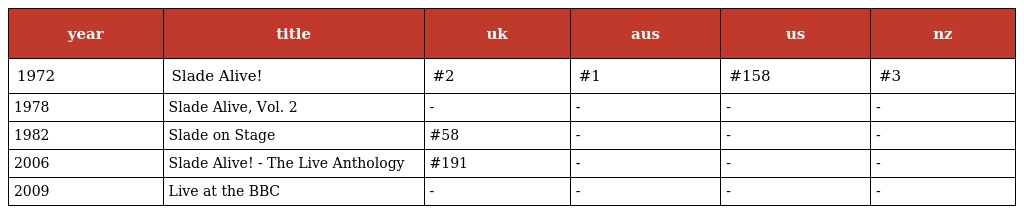
| year | title | uk | aus | us | nz |
 | --- | --- | --- | --- | --- | --- |
 | 1972 | Slade Alive! | #2 | #1 | #158 | #3 |
 | 1978 | Slade Alive, Vol. 2 | - | - | - | - |
 | 1982 | Slade on Stage | #58 | - | - | - |
 | 2006 | Slade Alive! - The Live Anthology | #191 | - | - | - |
 | 2009 | Live at the BBC | - | - | - | - |